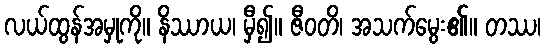
လယ်ထွန်အမှုကို။ နိဿာယ၊ မှီ၍။ ဇီဝတိ၊ အသက်မွေး၏။ တဿ၊